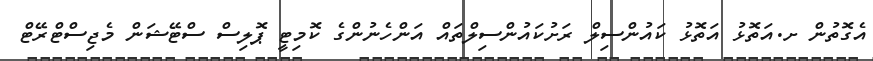
އެގޮތުން ށ.އަތޮޅު އަތޮޅު ކައުންސިލް ރަށުކައުންސިލްތައް އަންހެނުންގެ ކޮމިޓީ ޕޮލިސް ސްޓޭޝަން މެޖިސްޓްރޭޓް